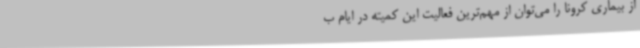
از بیماری کرونا را می‌توان از مهم‌ترین فعالیت این کمیته در ایام ب